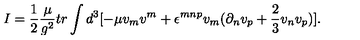
I = \frac { 1 } { 2 } \frac { \mu } { g ^ { 2 } } t r \int d ^ { 3 } [ - \mu v _ { m } v ^ { m } + \epsilon ^ { m n p } v _ { m } ( \partial _ { n } v _ { p } + \frac { 2 } { 3 } v _ { n } v _ { p } ) ] .